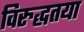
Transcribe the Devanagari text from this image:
विरुद्धतया